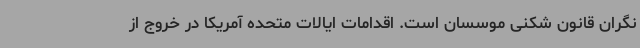
نگران قانون شکنی موسسان است. اقدامات ایالات متحده آمریکا در خروج از